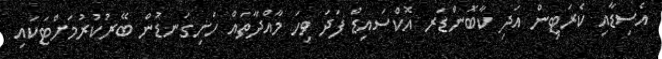
އެސިޑާއި ކެރަޓިން އަދި ކާބޮންޑަރ އޮކްސައިޑް ފަދަ ވިހަ މާއްދާތައް ހަށިގަނޑުން ބޭރުކުރުމަށްޓަކައި